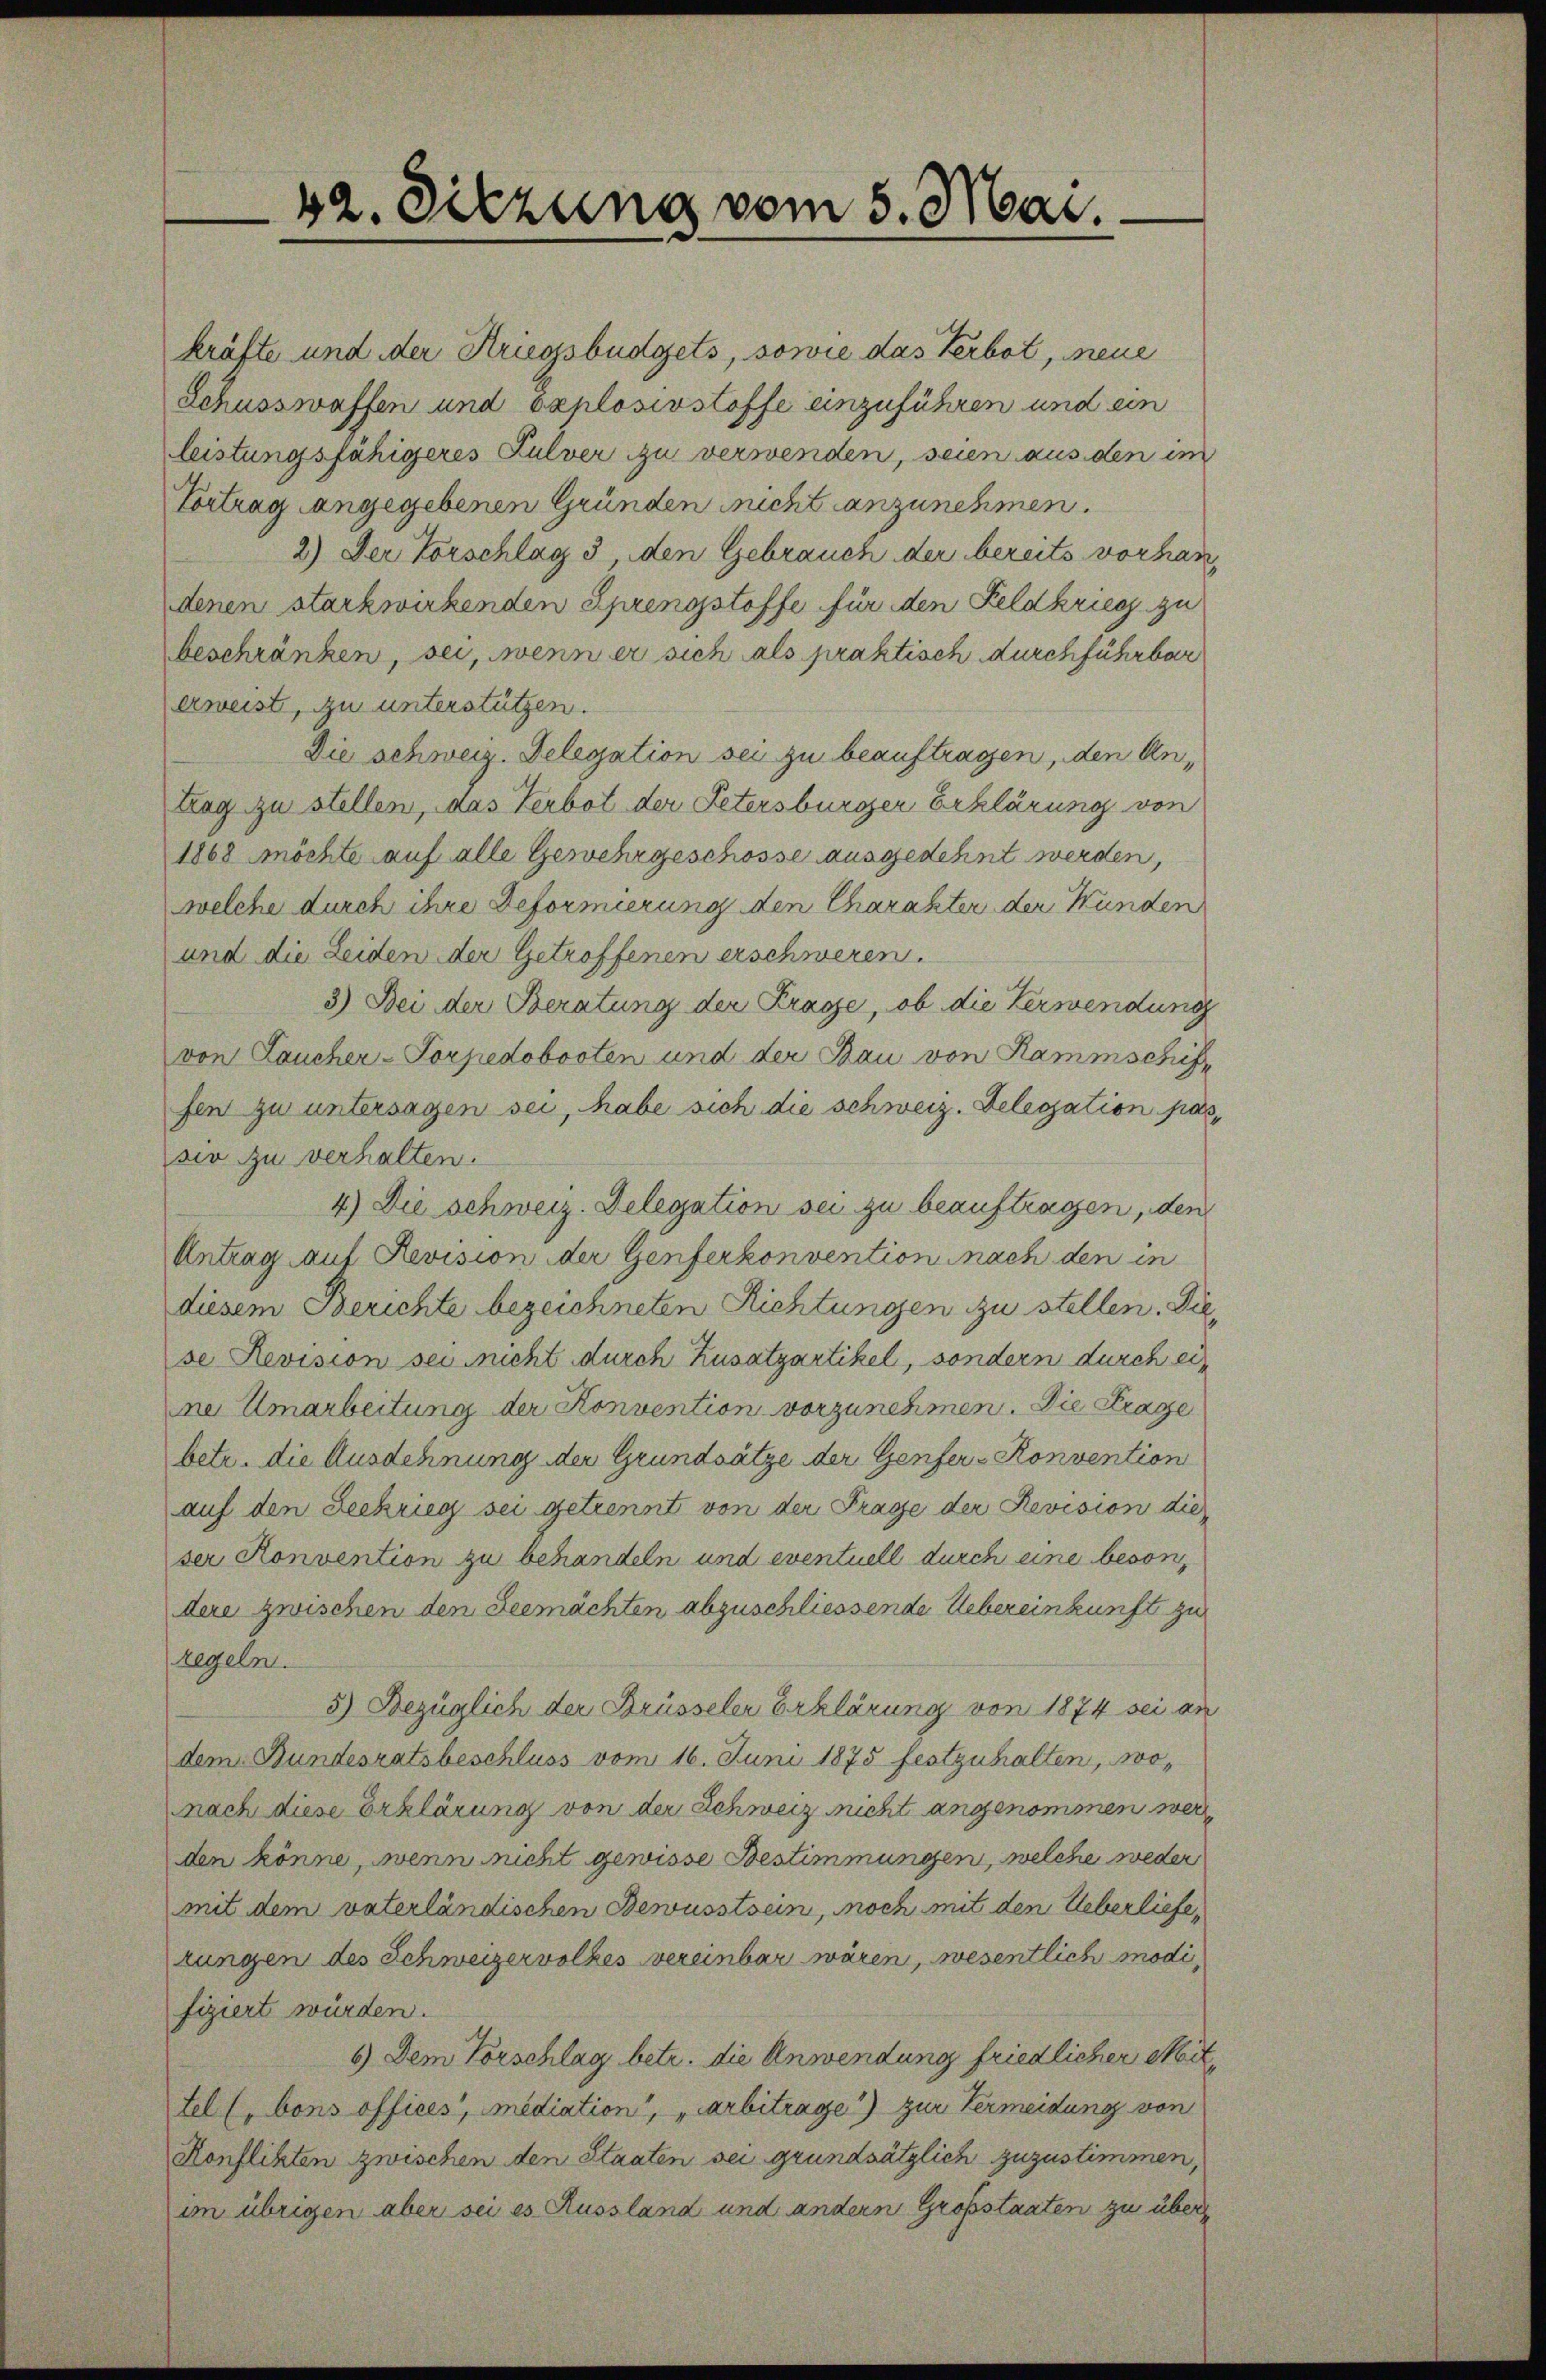
42. Sitzung vom 5. Mai.

kräfte und der Kriegsbüdgets, sowie das Verbot, neue
Schusswaffen und explosivstoffe anzuführen und ein
leistungsfähigeres Pulver zu verwenden, seien aus den im
Vortrag angegebenen Gründen nicht anzunehmen.
2.) Der Vorschlag 3, den Gebrauch der bereits vorhandenen starkwirkenden Ehrengstoffe für den Feldkrieg zu
beschränken, sei, wenn er sich als praktisch durchführbar
erweist, zu unterstützen.
Die schweiz. Delegation sei zu beauftragen, den An¬
Lag zu stellen, das Verbot der Petersburger Erklärung von
1868 möchte auf alle Gewehrgeschosse ausgedehnt werden,
welche durch ihre Beformierung den Charakter der Wunden
und die Leiden der Getroffenen erschweren.
3) Bei der Beratung der Frage, ob die Verwendung
von Laucher-Torpedobooten und der Bau von Rammschuf,
fen zu untersagen sei, habe sich die schweiz. Delegation passio zu verhalten.
4) Die schweiz. Delegation sei zu beauftragen, den
Antrag auf Revision der Genferkonvention nach den in
diesem Berichte bezeichneten Richtungen zu stellen. Die
se Revision sei nicht durch Zusatzartikel, sondern durch ein
ne Umarbeitung der Konvention vorzunehmen. Die Frage
betr. die Ausdehnung der Grundsätze der Genfer-Konvention
auf den Seekrieg sei getrennt von der Frage der Revision die
ser Konvention zu behandeln und eventuell durch eine besondere zwischen den Beemächten abzuschliessende Uebereinkunft zu
regeln.
5) Bezüglich der Brüsseler Erklärung von 1874 sei an
dem Bundesratsbeschluss vom 16. Juni 1875 festzuhalten, wonach diese Erklärung von der Schweiz nicht angenommen wer
den könne, wenn nicht gewisse Bestimmungen, welche weder
mit dem vaterländischen Bewusstsein, noch mit den Ueberliefe,
zungen des Schweizervolkes vereinbar wären, wesentlich modifiziert würden.
6) Dem Vorschlag betr. die Anwendung friedlicher Mit
Lel (bons offices, mediation“, „arbitrage) zur Vermeidung von
Konflikten zwischen den Staaten sei grundsätzlich zuzustimmen,
im übrigen aber sei es Russland und andern Großstaaten zu über